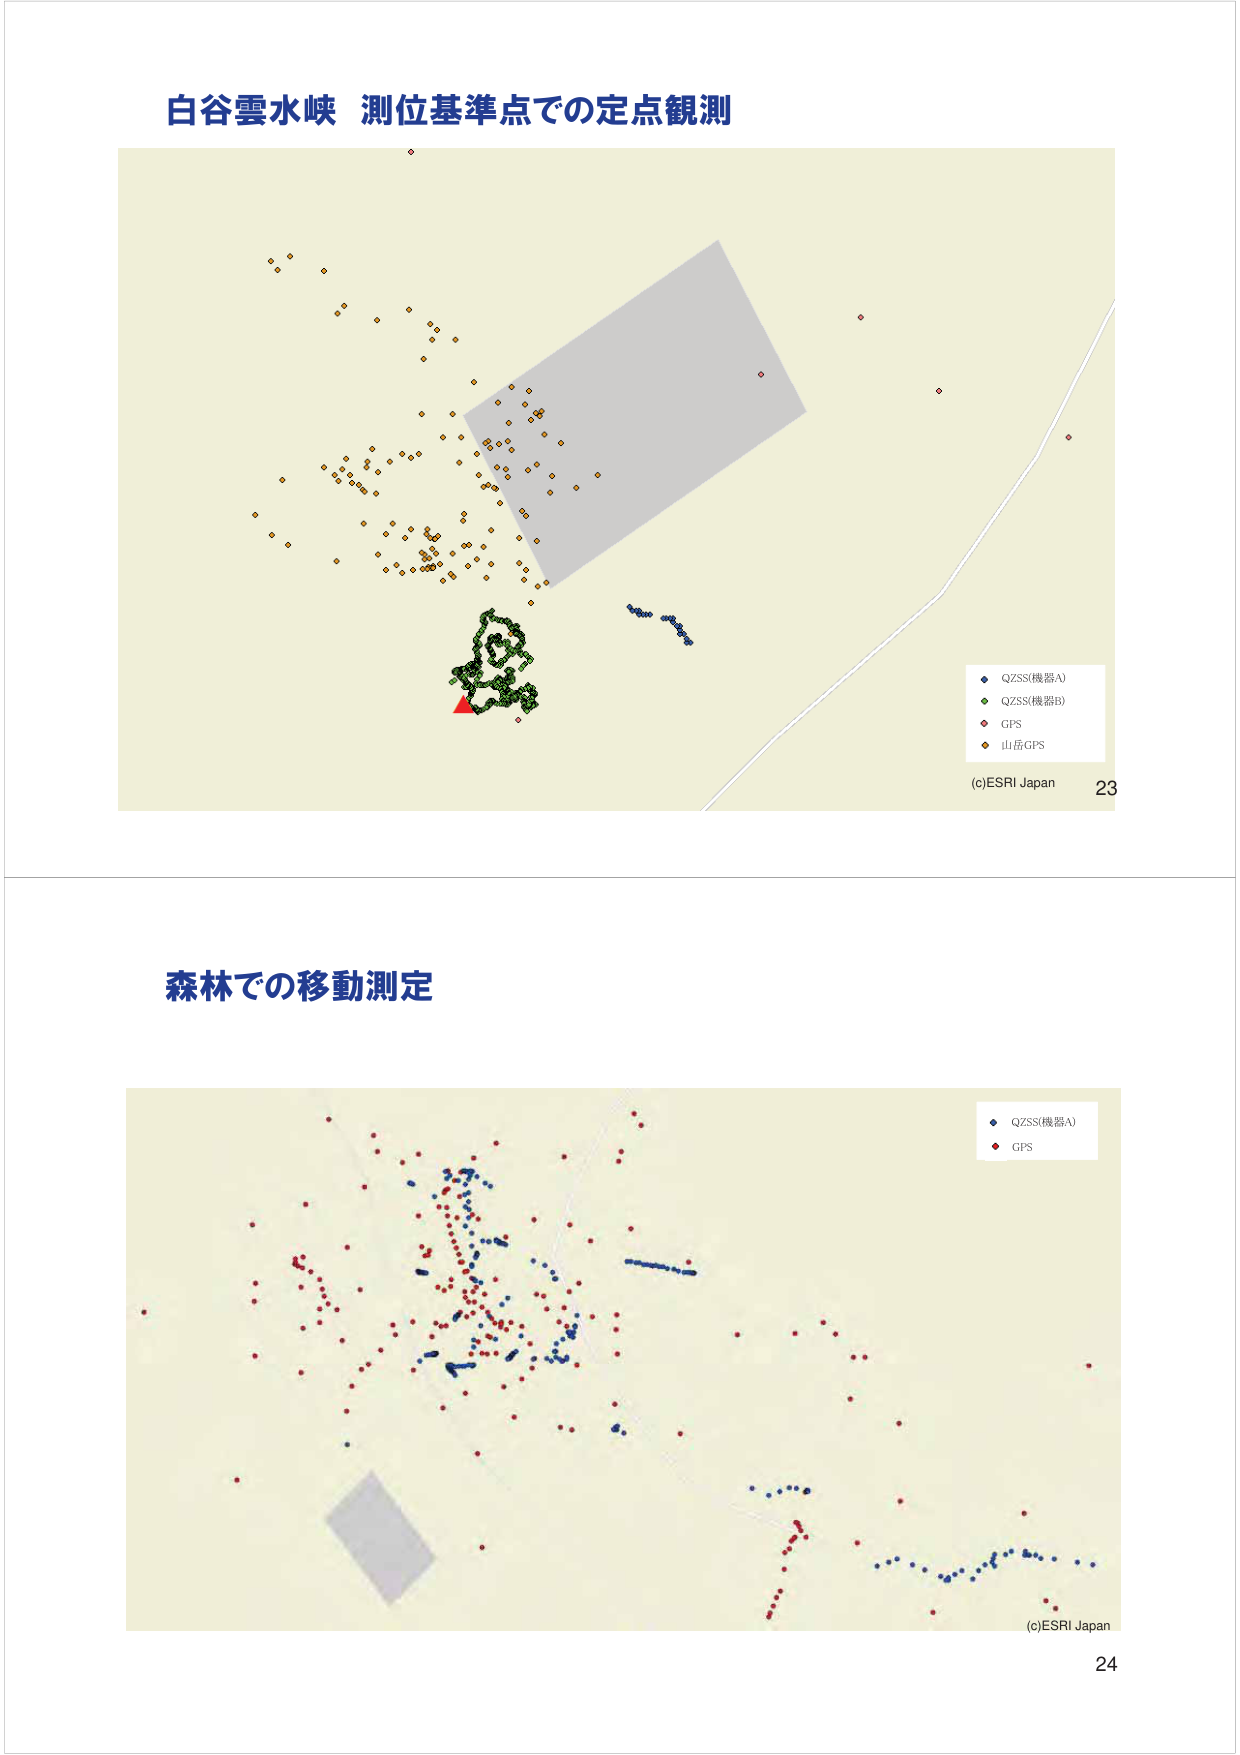
白谷雲水峡 測位基準点での定点観測

QZSS(機器A)
QZSS(機器B)
GPS
山岳GPS

(c)ESRI Japan 23

森林での移動測定

QZSS(機器A)
GPS

(c)ESRI Japan 24